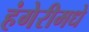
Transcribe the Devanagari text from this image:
हंगेरीमधे